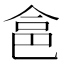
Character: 𠉲